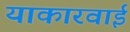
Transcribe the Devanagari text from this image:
याकारवाई